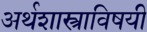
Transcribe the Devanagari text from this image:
अर्थशास्त्राविषयी